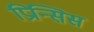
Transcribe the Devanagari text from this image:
प्रिन्सिस